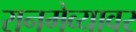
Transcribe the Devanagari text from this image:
रानमेव्यावर